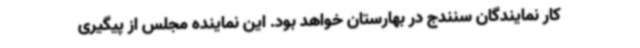
کار نمایندگان سنندج در بهارستان خواهد بود. این نماینده مجلس از پیگیری